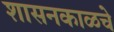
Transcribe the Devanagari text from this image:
शासनकाळचे